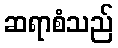
ဆရာစံသည်